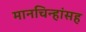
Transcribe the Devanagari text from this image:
मानचिन्हांसह